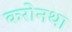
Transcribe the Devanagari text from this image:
करोनथा